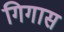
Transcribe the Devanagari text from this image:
गिगास